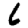
Digit: 6